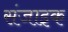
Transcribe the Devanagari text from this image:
संजाइक